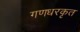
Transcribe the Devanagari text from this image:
गणधरकृत